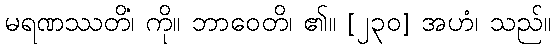
မရဏဿတိံ၊ ကို။ ဘာဝေတိ၊ ၏။ [၂၃၀] အဟံ၊ သည်။